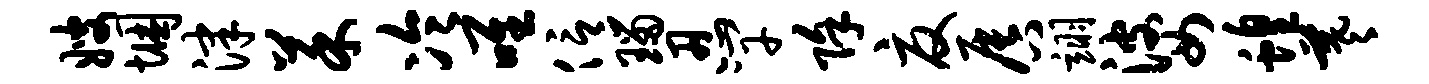
嫂悃津菜冷唯信瑙忍竿除夏唇翊婆蝗羲